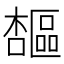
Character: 𪴋